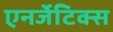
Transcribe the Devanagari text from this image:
एनर्जेटिक्स